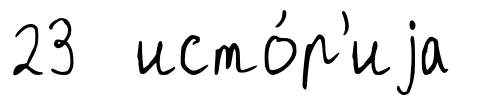
23 исто́р'иjа